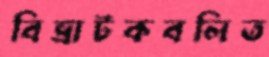
বিভ্রাটকবলিত